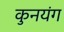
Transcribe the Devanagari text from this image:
कुनयंग